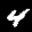
Label: 4